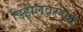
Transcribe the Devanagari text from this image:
डिझेलवरच्या